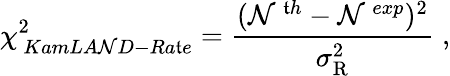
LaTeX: \chi_{\, KamLA\mathcal{N}D-Ra\mathfrak{t}e}^{2}=\frac{{(\mathcal{N}^{\, \mathfrak{t}h}-\mathcal{N}^{\, exp})^{2}}}{{\sigma_{\mathrm{{R}}}^{2}}}\; ,